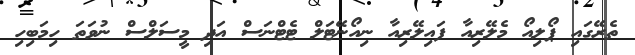
ތެރޭގައި ޕޯލިއޯ މެލޭރިއާ ފައިލޭރިއާ ނިއޯނޭޓަލް ޓެޓްނަސް އަދި މީސަލްސް ނުވަތަ ހިމަބިހި